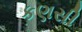
કણસી